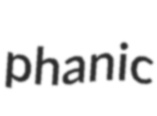
phanic